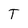
Character: T